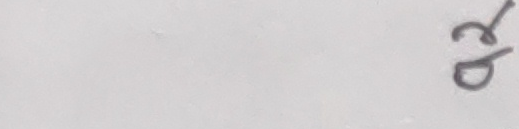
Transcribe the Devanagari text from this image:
रढ